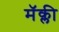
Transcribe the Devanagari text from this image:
मॅक्ली